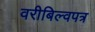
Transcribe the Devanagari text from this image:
वरीबिल्वपत्र